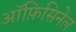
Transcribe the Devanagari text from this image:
ऑफ़िसिनेल